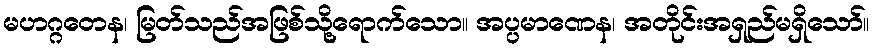
မဟဂ္ဂတေန၊ မြတ်သည်အဖြစ်သို့ရောက်သော။ အပ္ပမာဏေန၊ အတိုင်းအရှည်မရှိသော်။